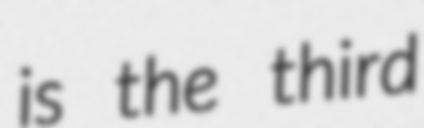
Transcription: is the third